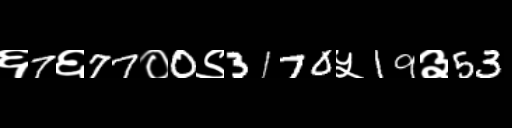
Text: ६7६77०0९3170५19३53